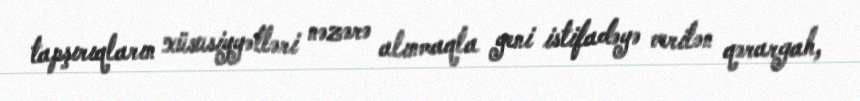
tapşırıqların xüsusiyyətləri nəzərə alınmaqla yeni istifadəyə verilən qərargah,